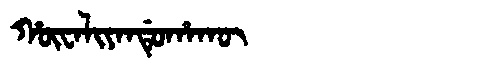
Manchu: ᡥᡡᠸᠠᠯᡳᠶᠠᠨᡩᡠᡥᠠᡴᡡ
Romanization: HŪWALIYANDUHAKŪ